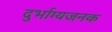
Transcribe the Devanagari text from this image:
दुर्भाग्यजनक